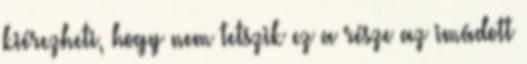
kiérezheti, hogy nem tetszik ez a része az imádott